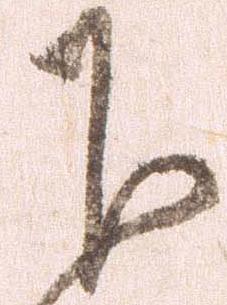
下